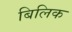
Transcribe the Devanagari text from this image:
बिलिक